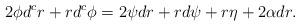
LaTeX: \begin{align*}2\phi d^c r + r d^c \phi = 2\psi dr + r d\psi + r\eta + 2\alpha dr.\end{align*}